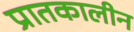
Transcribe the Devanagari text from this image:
प्रातकालीन